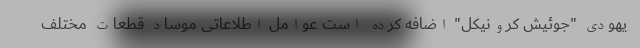
یهودی "جوئیش کرونیکل" اضافه کرده است عوامل اطلاعاتی موساد قطعات مختلف